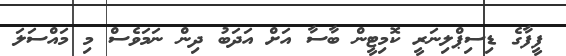
ފީފާގެ ޑިސިޕްލިނަރީ ކޮމިޓީން ބާސާ އަށް އަދަބު ދިން ނަމަވެސް މި މައްސަލަ